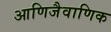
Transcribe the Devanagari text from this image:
आणिजैवाणिक